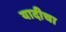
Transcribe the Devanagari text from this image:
यादीचा